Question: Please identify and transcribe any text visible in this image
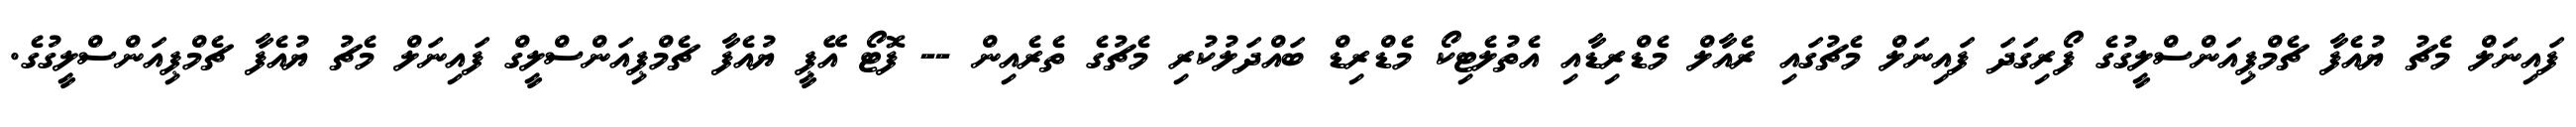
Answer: ފައިނަލް މެޗު ޔުއެފާ ޗެމްޕިއަންސްލީގުގެ ފޯރިގަދަ ފައިނަލް މެޗުގައި ރެއާލް މެޑްރިޑާއި އެތުލެޓިކޯ މެޑްރިޑް ބައްދަލުކުރި މެޗުގެ ތެރެއިން -- ފޮޓޯ އޭޕީ ޔުއެފާ ޗެމްޕިއަންސްލީގް ފައިނަލް މެޗު ޔުއެފާ ޗެމްޕިއަންސްލީގުގެ.